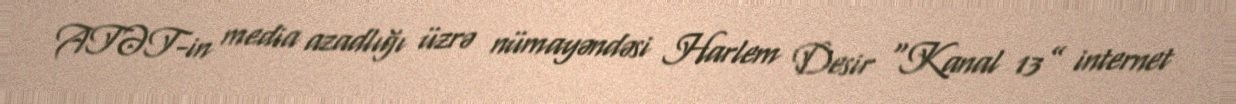
ATƏT-in media azadlığı üzrə nümayəndəsi Harlem Desir “Kanal 13” internet